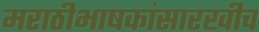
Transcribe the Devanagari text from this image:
मराठीभाषकांसारखीच